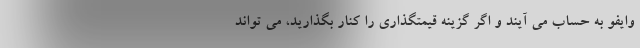
وایفو به حساب می آیند و اگر گزینه قیمتگذاری را کنار بگذارید، می تواند